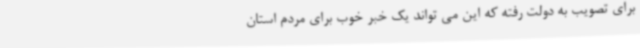
برای تصویب به دولت رفته که این می تواند یک خبر خوب برای مردم استان